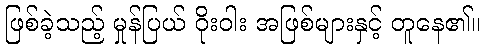
ဖြစ်ခဲ့သည့် မှုန်ပြယ် ဝိုးဝါး အဖြစ်များနှင့် တူနေ၏။